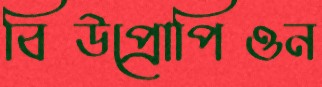
বিউপ্রোপিওন